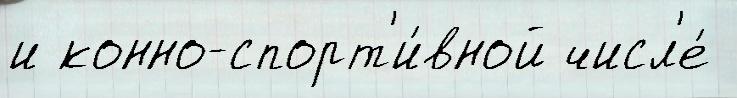
и конно-спорт'и́вной числ'е́